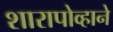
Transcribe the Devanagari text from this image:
शारापोव्हाने